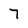
Character: 7